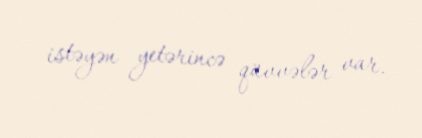
istəyən yetərincə qüvvələr var.